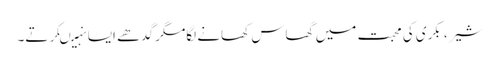
شیر ، بکری کی محبت میں گھاس کھانے لگامگر گدھے ایسا نہیںکرتے۔